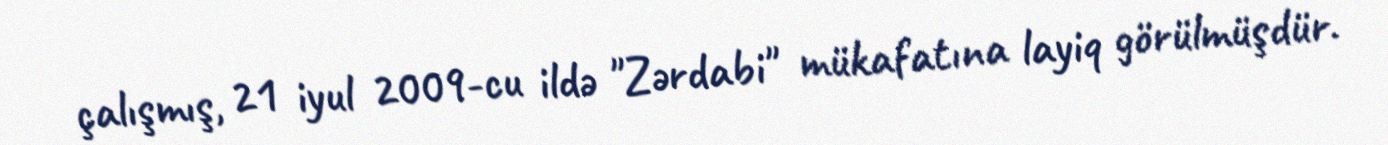
çalışmış, 21 iyul 2009-cu ildə "Zərdabi" mükafatına layiq görülmüşdür.